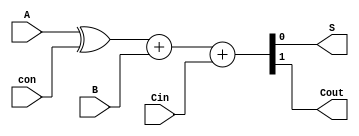
`timescale 1ns / 1ps

module FAS( input A, B, con, Cin,
				output S, Cout );
	
	//There is a seperate variable for the control and Cin because,
	//when this isn't the first adder/subtractor in the design, Cin
	//and the control aren't necessarily the same values
	
	wire A_b = A^con;//this inverts A when the control is 1 (for subraction)
	assign{Cout, S} = A_b + B + Cin;//Assigns MSB of the sum of the 3 inputs to Cout and the LSB to S.
	
endmodule